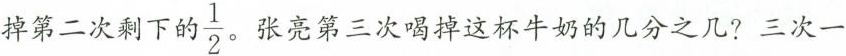
掉第二次剩下的\frac { 1 } { 2} 。张亮第三次喝掉这杯牛奶的几分之几?三次一